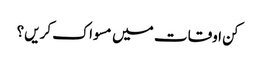
کن اوقات میں مسواک کریں؟